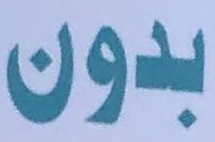
بدون